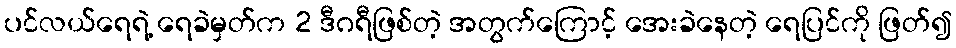
ပင်လယ်ရေရဲ့ ရေခဲမှတ်က 2 ဒီဂရီဖြစ်တဲ့ အတွက်ကြောင့် အေးခဲနေတဲ့ ရေပြင်ကို ဖြတ်၍